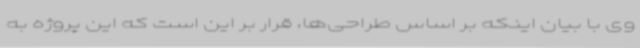
وی با بیان اینکه بر اساس طراحی‌ها، قرار بر این است که این پروژه به